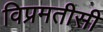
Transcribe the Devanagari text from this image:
विप्रमतीसी